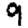
Digit: 9